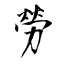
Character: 勞